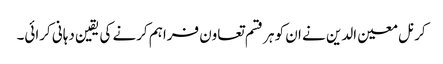
کرنل معین الدین نے ان کو ہر قسم تعاون فراہم کرنے کی یقین دہانی کرائی۔